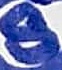
Text: 8